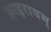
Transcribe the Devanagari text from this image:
फ़ाइरायम्